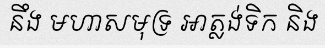
នឹង មហាសមុទ្រ អាត្លង់ទិក និង